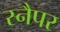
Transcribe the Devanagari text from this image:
स्नैपर